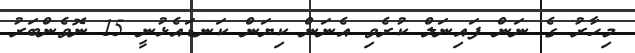
މިހާރު ގެ ނަން ފައިނަލް ކުރެވި އެނަން ކިޔަން ކަނޑައެޅުނީ 15 ނޮވެންބަރު